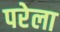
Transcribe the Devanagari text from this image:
परेला